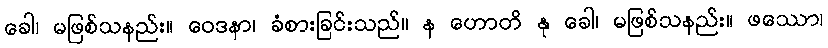
ခေါ၊ မဖြစ်သနည်း။ ဝေဒနာ၊ ခံစားခြင်းသည်။ န ဟောတိ နု ခေါ၊ မဖြစ်သနည်း။ ဖဿော၊